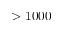
> 1 0 0 0